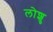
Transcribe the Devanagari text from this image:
लोशु